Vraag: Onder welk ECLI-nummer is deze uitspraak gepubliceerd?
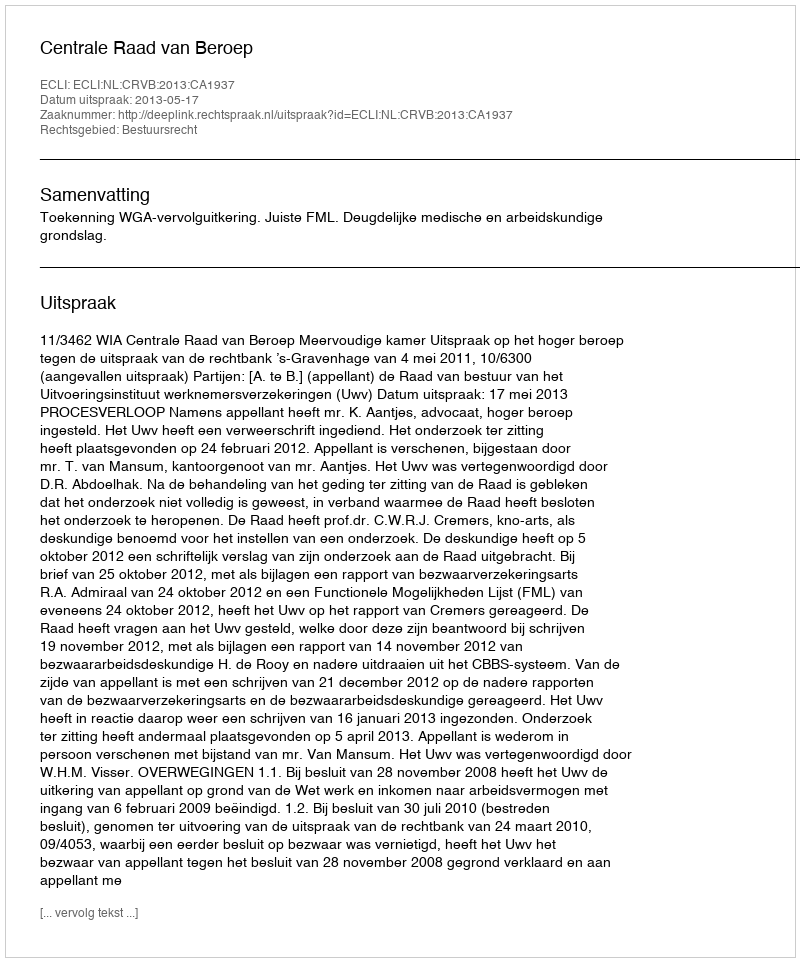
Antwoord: ECLI:NL:CRVB:2013:CA1937